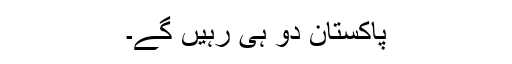
پاکستان دو ہی رہیں گے۔